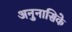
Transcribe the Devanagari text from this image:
अनुनासिके